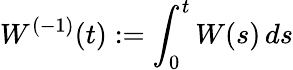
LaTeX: W^{(-1)}(t):=\int_{0}^{t}W(s)\, ds